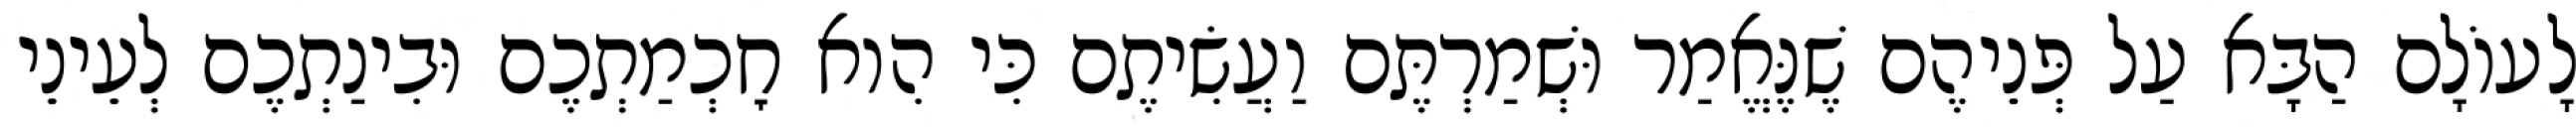
לָעוֹלָם הַבָּא עַל פְּנֵיהֶם שֶׁנֶּאֱמַר וּשְׁמַרְתֶּם וַעֲשִׂיתֶם כִּי הִוא חׇכְמַתְכֶם וּבִינַתְכֶם לְעֵינֵי